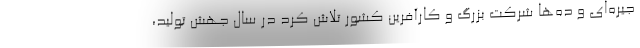
جیره‌ای و ده‌ها شرکت بزرگ و کارآفرین کشور تلاش کرد در سال جهش تولید،